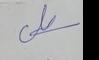
Signature authenticity: genuine